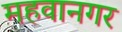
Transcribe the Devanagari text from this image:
महवानगर